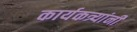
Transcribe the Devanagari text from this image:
कार्यकत्र्यांनी